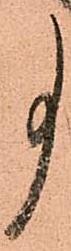
事